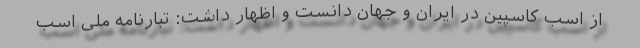
از اسب کاسپین در ایران و جهان دانست و اظهار داشت: تبارنامه ملی اسب